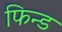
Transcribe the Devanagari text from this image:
फिन्ड